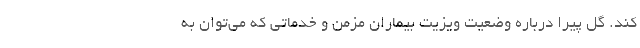
کند. گل پیرا درباره وضعیت ویزیت بیماران مزمن و خدماتی که می‌توان به